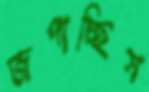
জপাচ্ছিস